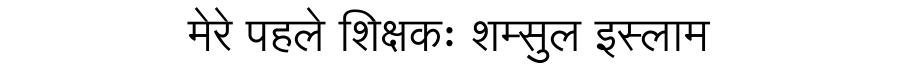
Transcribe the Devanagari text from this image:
मेरे पहले शिक्षकः शम्सुल इस्लाम